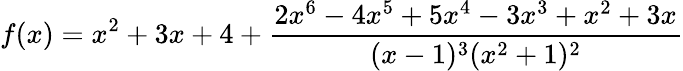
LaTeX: f(x)=x^{2}+3x+4+{\frac{2x^{6}-4x^{5}+5x^{4}-3x^{3}+x^{2}+3x}{(x-1)^{3}(x^{2}+1)^{2}}}